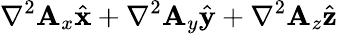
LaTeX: \nabla^{2}\mathbf{A}_{x}{\hat{{\mathbf{{x}}}}}+\nabla^{2}\mathbf{A}_{y}{\hat{{\mathbf{{y}}}}}+\nabla^{2}\mathbf{A}_{z}{\hat{{\mathbf{{z}}}}}